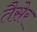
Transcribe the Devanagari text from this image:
तैसेर